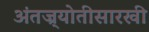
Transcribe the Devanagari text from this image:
अंतज्र्योतीसारखी